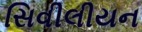
સિવીલીયન